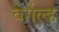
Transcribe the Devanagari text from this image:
वेर्गेल्ड